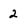
Character: 2